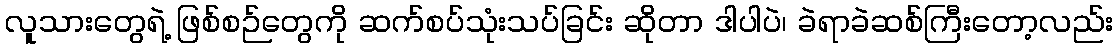
လူသားတွေရဲ့ ဖြစ်စဉ်တွေကို ဆက်စပ်သုံးသပ်ခြင်း ဆိုတာ ဒါပါပဲ၊ ခဲရာခဲဆစ်ကြီးတော့လည်း